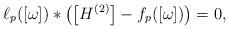
LaTeX: \begin{gather*}\ell_p([\omega]) * \big(\big[H^{(2)}\big]-f_p([\omega])\big)=0,\end{gather*}